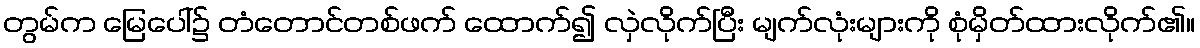
တွမ်က မြေပေါ်၌ တံတောင်တစ်ဖက် ထောက်၍ လှဲလိုက်ပြီး မျက်လုံးများကို စုံမှိတ်ထားလိုက်၏။